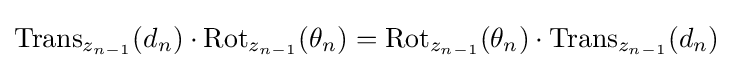
\operatorname {Trans} _{z_{n-1}}(d_{n})\cdot \operatorname {Rot} _{z_{n-1}}(\theta _{n})=\operatorname {Rot} _{z_{n-1}}(\theta _{n})\cdot \operatorname {Trans} _{z_{n-1}}(d_{n})